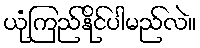
ယုံကြည်နိုင်ပါမည်လဲ။